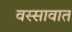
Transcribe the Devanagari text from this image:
वस्सावात